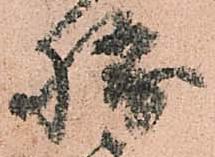
勝